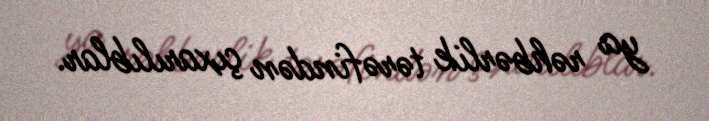
ya rəhbərlik tərəfindən çıxarılıblar.